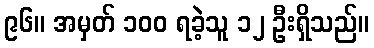
၉၆။ အမှတ် ၁၀၀ ရခဲ့သူ ၁၂ ဦးရှိသည်။